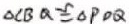
\Delta C B Q \cong \Delta P D Q